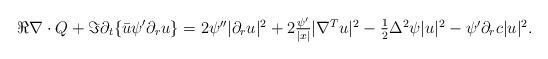
LaTeX: \begin{align*} \Re \nabla \cdot Q + \Im\partial_{t}\{\bar{u}\psi' \partial_{r} u\} = \textstyle 2\psi''|\partial_{r}u|^{2}+2\frac{\psi'}{|x|}|\nabla^{T}u|^{2} -\frac12 \Delta^{2}\psi|u|^{2} -\psi'\partial_{r} c |u|^{2}. \end{align*}